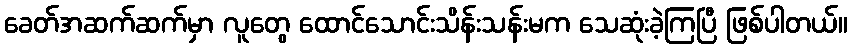
ခေတ်အဆက်ဆက်မှာ လူတွေ ထောင်သောင်းသိန်းသန်းမက သေဆုံးခဲ့ကြပြီ ဖြစ်ပါတယ်။